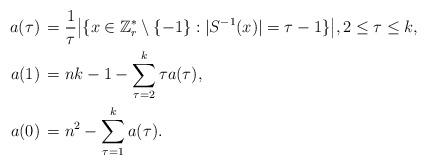
LaTeX: \begin{align*}a(\tau)\,&=\frac 1\tau\bigl|\{x\in \Bbb Z_r^*\setminus\{-1\} : |S^{-1}(x)|=\tau-1\}\bigr|,2\le \tau\le k,\\a(1)\,&=nk-1-\sum_{\tau=2}^k\tau a(\tau),\\a(0)\,&=n^2-\sum_{\tau=1}^ka(\tau).\end{align*}